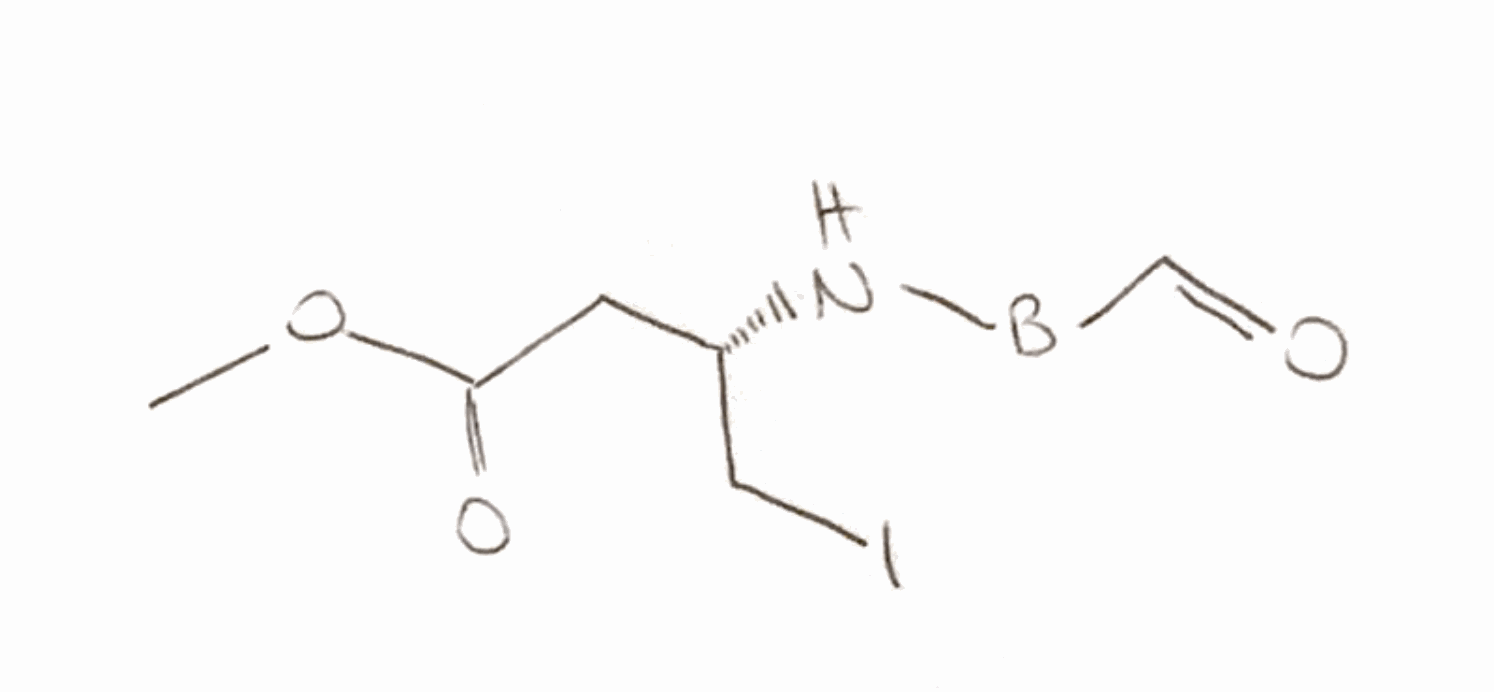
Simplified molecular-input line-entry system (SMILES) notation of the given molecule:
[B](C=O)N[C@@H](CC(=O)OC)CI